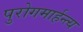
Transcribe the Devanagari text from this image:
पुरोगमार्हन्त्य